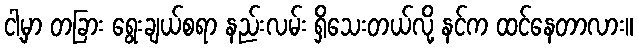
ငါ့မှာ တခြား ရွေးချယ်စရာ နည်းလမ်း ရှိသေးတယ်လို့ နင်က ထင်နေတာလား။